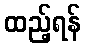
ထည့်ရန်